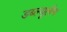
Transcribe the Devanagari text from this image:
डब्ल्यूलैन